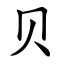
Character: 贝